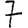
Digit: 7